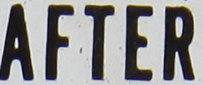
AFTER